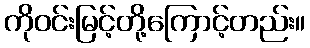
ကိုဝင်းမြင့်တို့ကြောင့်တည်း။